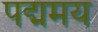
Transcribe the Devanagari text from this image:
पद्ममय